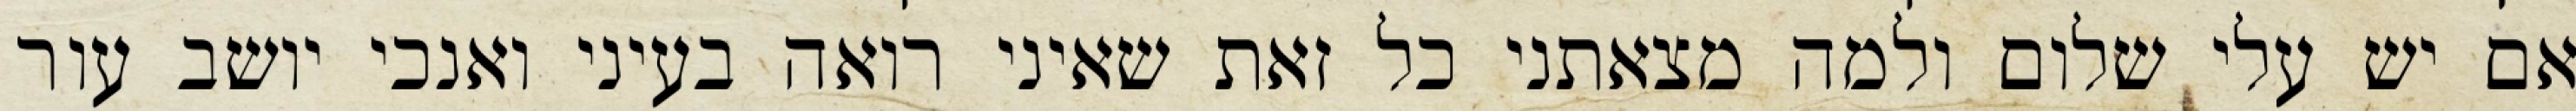
אם יש עלי שלום ולמה מצאתני כל זאת שאיני רואה בעיני ואנכי יושב עור